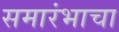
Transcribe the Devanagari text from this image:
समारंभाचा